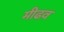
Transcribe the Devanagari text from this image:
मीढव